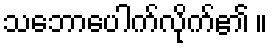
သဘောပေါက်လိုက်၏ ။